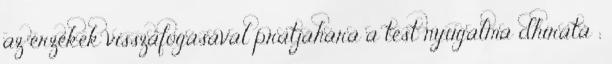
az érzékek visszafogásával pratjáhára a test nyugalma dhíratá ;